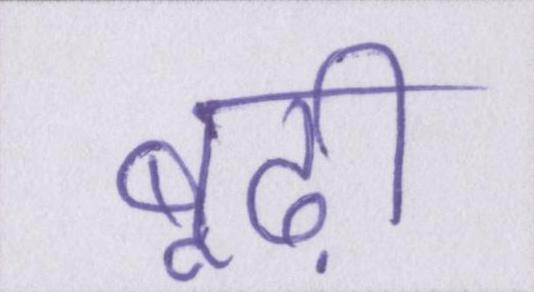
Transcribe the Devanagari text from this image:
बूढ़ी